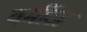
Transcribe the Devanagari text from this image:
वर्मीज